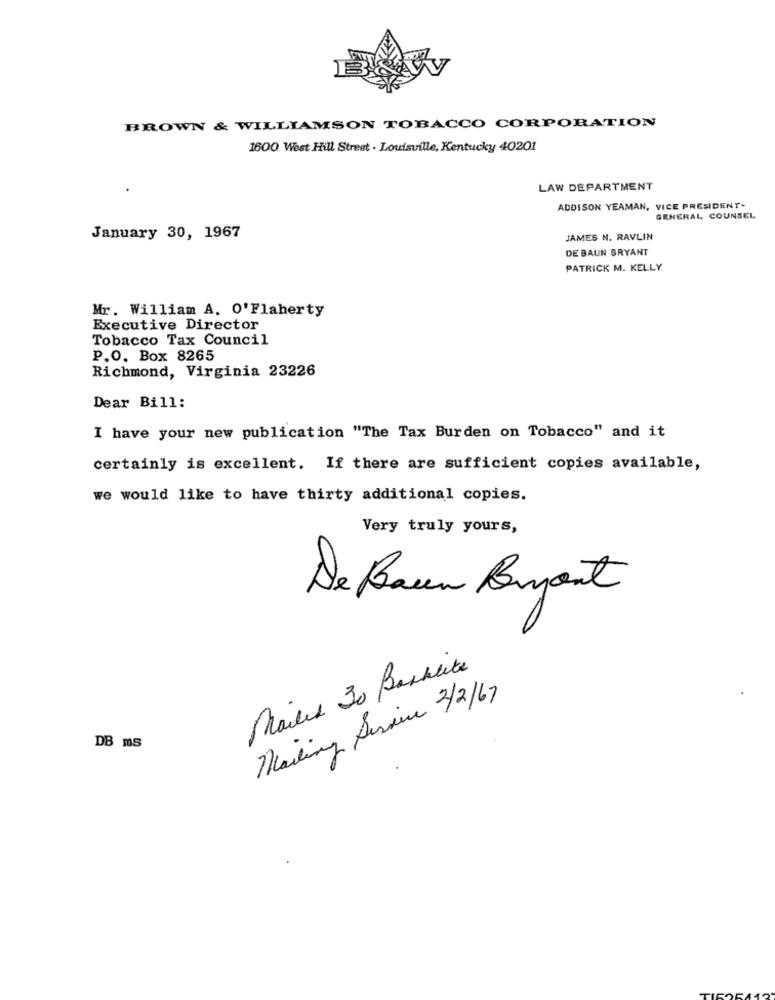
BROWN & WILLIAMSON TOBACCO CORPORATION
1600 West Hill Street . Louisville, Kentucky 40201
LAW DEPARTMENT
ADDISON YEAMAN, VICE PRESIDENT-
GENERAL COUNSEL
January 30, 1967
JAMES N. RAVLIN
DE BAUN BRYANT
PATRICK M. KELLY
Mr. William A. O'Flaherty
Executive Director
Tobacco Tax Council
P.O. Box 8265
Richmond, Virginia 23226
Dear Bill:
I have your new publication "The Tax Burden on Tobacco" and it
certainly is excellent. If there are sufficient copies available,
we would like to have thirty additional copies.
Very truly yours,
De Baum Buyout
Mailed To Backlite
Mailing Service 2/2/67
DB ms